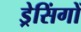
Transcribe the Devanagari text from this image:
ड्रेसिंगों